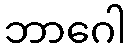
ဘာဂေါ